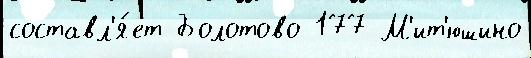
составл'я́ет Болотово 177 М'ит'юшино